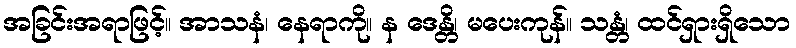
အခြင်းအရာဖြင့်။ အာသနံ၊ နေရာကို။ န ဒေန္တိ၊ မပေးကုန်။ သန္တံ၊ ထင်ရှားရှိသော